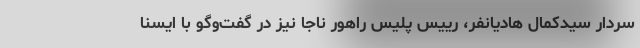
سردار سیدکمال هادیانفر، رییس پلیس راهور ناجا نیز در گفت‌وگو با ایسنا